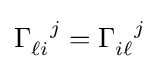
\Gamma _{\ell i}^{\ \ j}=\Gamma _{i\ell }^{\ \ j}